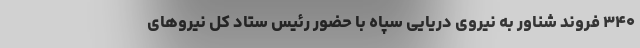
۳۴۰ فروند شناور به ‌نیروی دریایی سپاه با حضور ‌رئیس ستاد کل نیروهای